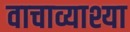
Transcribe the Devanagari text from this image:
वाचाव्याश्या